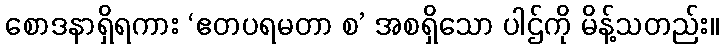
စောဒနာရှိရကား ‘ဧတပရမတာ စ’ အစရှိသော ပါဌ်ကို မိန့်သတည်း။